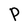
Character: P